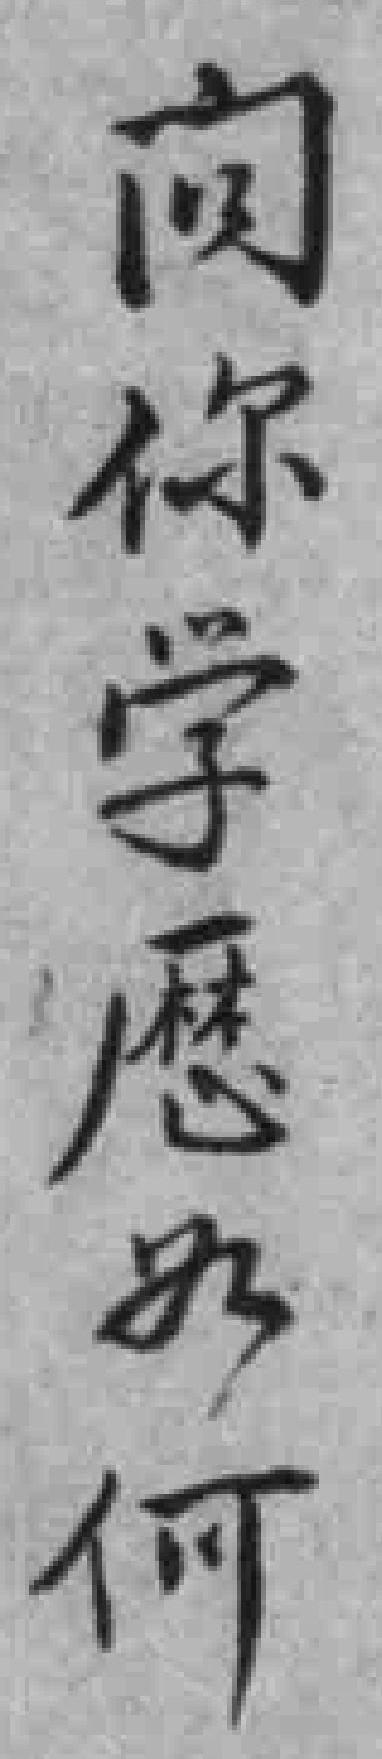
向你学厯如何